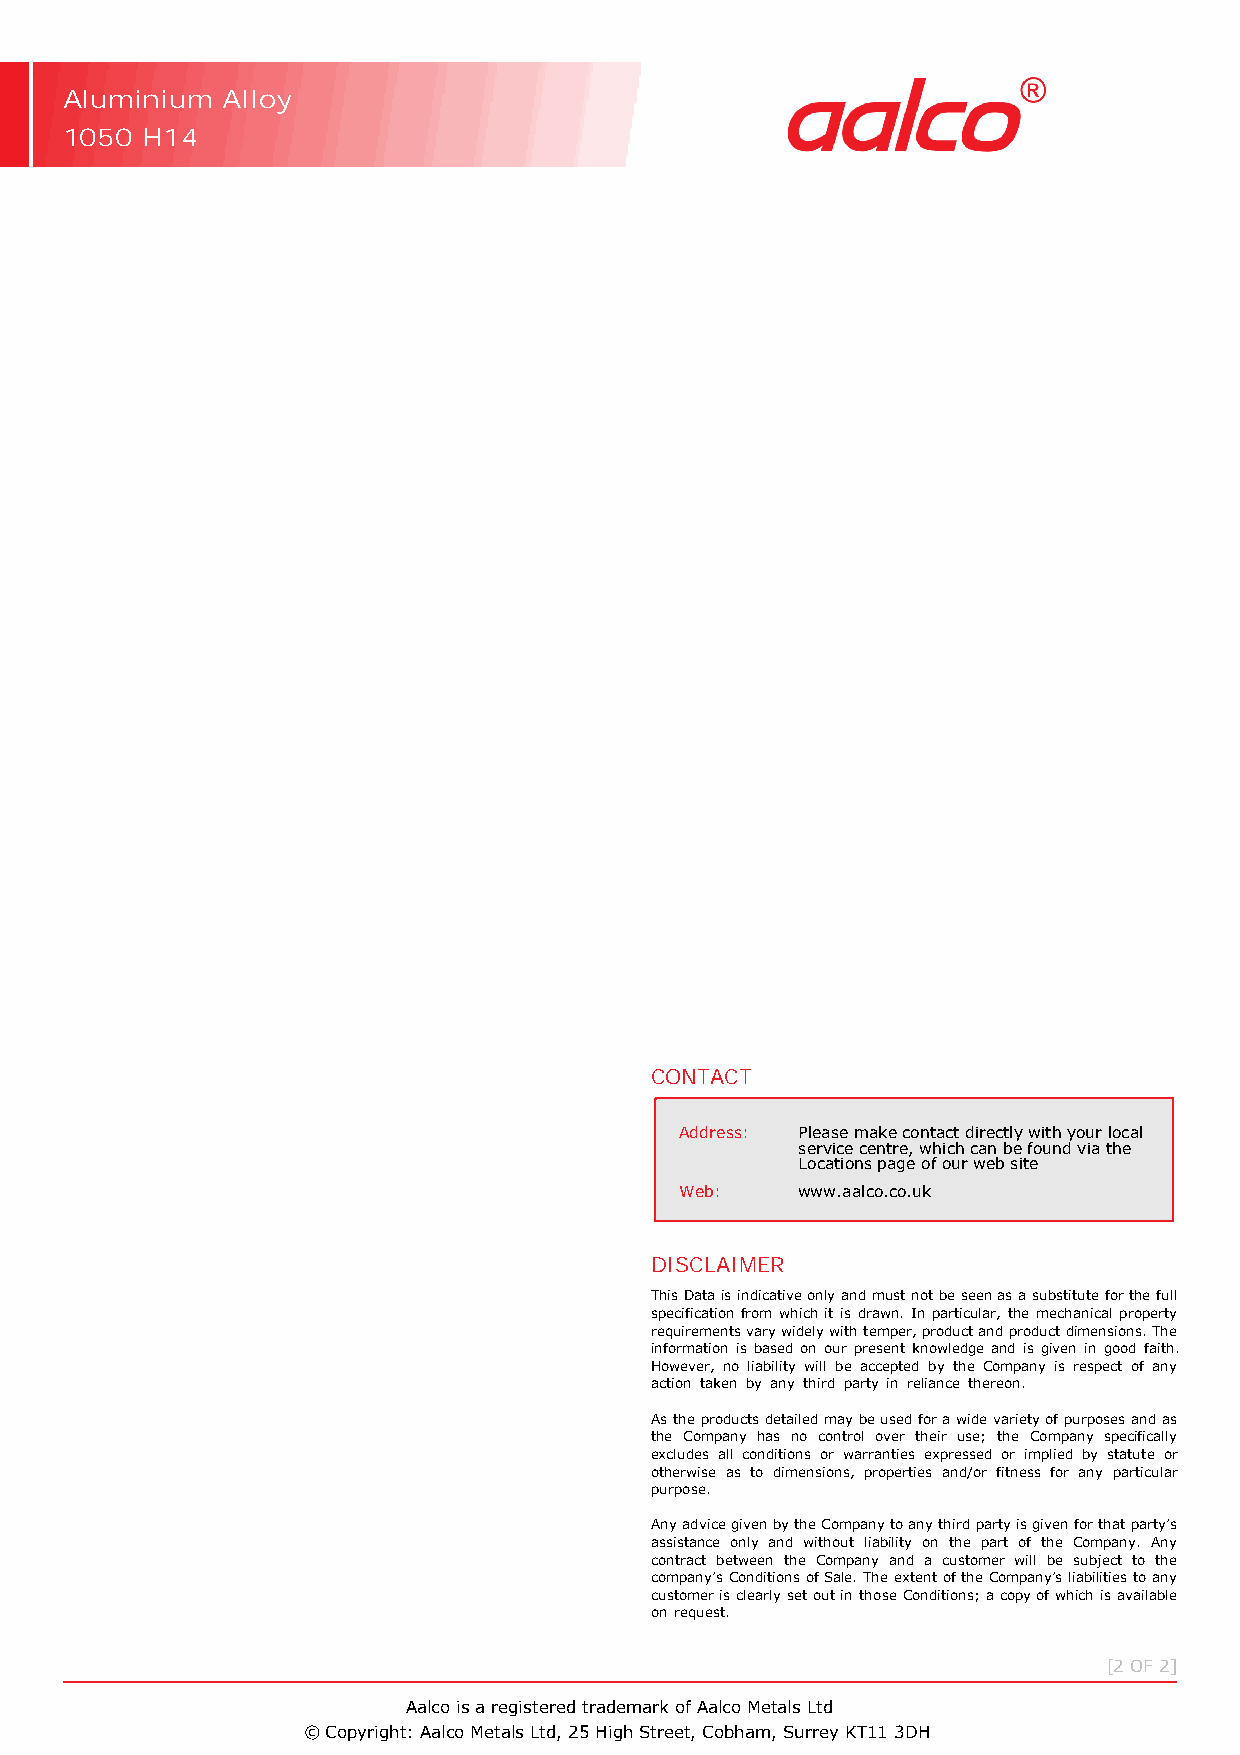
Aluminium  Alloy
 1050 H14
 CONTACT
 Address: Please make contact directly with your local
 service centre, which can be found via the
 Locations page of our web site
 Web:    www.aalco.co.uk
 DISCLAIMER
 This Data is indicative only and must not be seen as a substitute for the full
 specification from which it is drawn. In particular, the mechanical property
 requirements vary widely with temper, product and product dimensions. The
 information is based on our present knowledge and is given in good faith.
 However, no liability will be accepted by the Company is respect of any
 action taken by any third party in reliance thereon.
 As the products detailed may be used for a wide variety of purposes and as
 the Company has no control over their use; the Company specifically
 excludes all conditions or warranties expressed or implied by statute or
 otherwise as to dimensions, properties and/or fitness for any particular
 purpose.
 Any advice given by the Company to any third party is given for that party’s
 assistance only and without liability on the part of the Company. Any
 contract between the Company and a customer will be subject to the
 company’s Conditions of Sale. The extent of the Company’s liabilities to any
 customer is clearly set out in those Conditions; a copy of which is available
 on request.
 [2 OF 2]
 Aalco is a registered trademark of Aalco Metals Ltd
 © Copyright: Aalco Metals Ltd, 25 High Street, Cobham, Surrey KT11 3DH